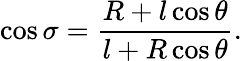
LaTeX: \cos\sigma=\frac{R+l\cos\theta}{l+R\cos\theta}.